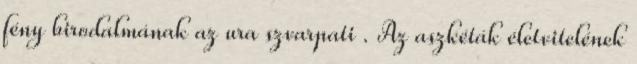
fény birodalmának az ura szvarpati . Az aszkéták életvitelének